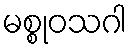
မစ္စုဝသဂါ